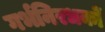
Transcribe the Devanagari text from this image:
गर्भनिरधकों